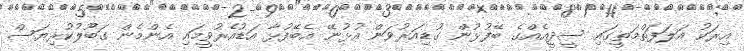
އިރަކު އަލަފަތްމަތީގައި ސީދީއެއްގެ ބޭފުޅުން ގުޑިއަރުވަން އުޅުނޭ އެބޭފުޅާ އަޑުއެރުވީމައި އެންމެން ގަބޫލުކުރިޔަސް